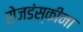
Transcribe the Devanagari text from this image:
रोजडंस्कीना